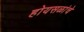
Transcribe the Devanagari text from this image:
होयसळांचे